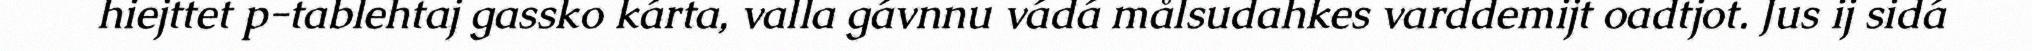
hiejttet p-tablehtaj gassko kárta, valla gávnnu vádá målsudahkes varddemijt oadtjot. Jus ij sidá